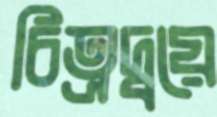
চিত্রদ্বয়ে